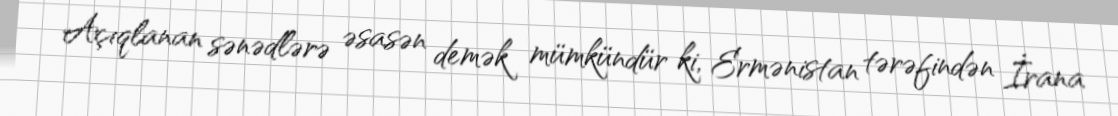
Açıqlanan sənədlərə əsasən demək mümkündür ki, Ermənistan tərəfindən İrana